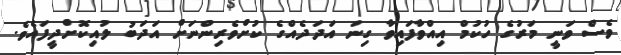
ވެސް ވަނީ މަރުގެ ހުކުމް އިއްވާފައިވާ ގިނަ އަދަދެއްގެ ކުށްވެރިންނަށް އަދަބު ލުއިކޮށްދީފައެވެ.